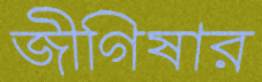
জীগিষার